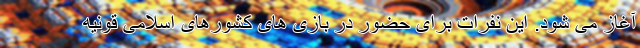
آغاز می شود. این نفرات برای حضور در بازی های کشورهای اسلامی قونیه